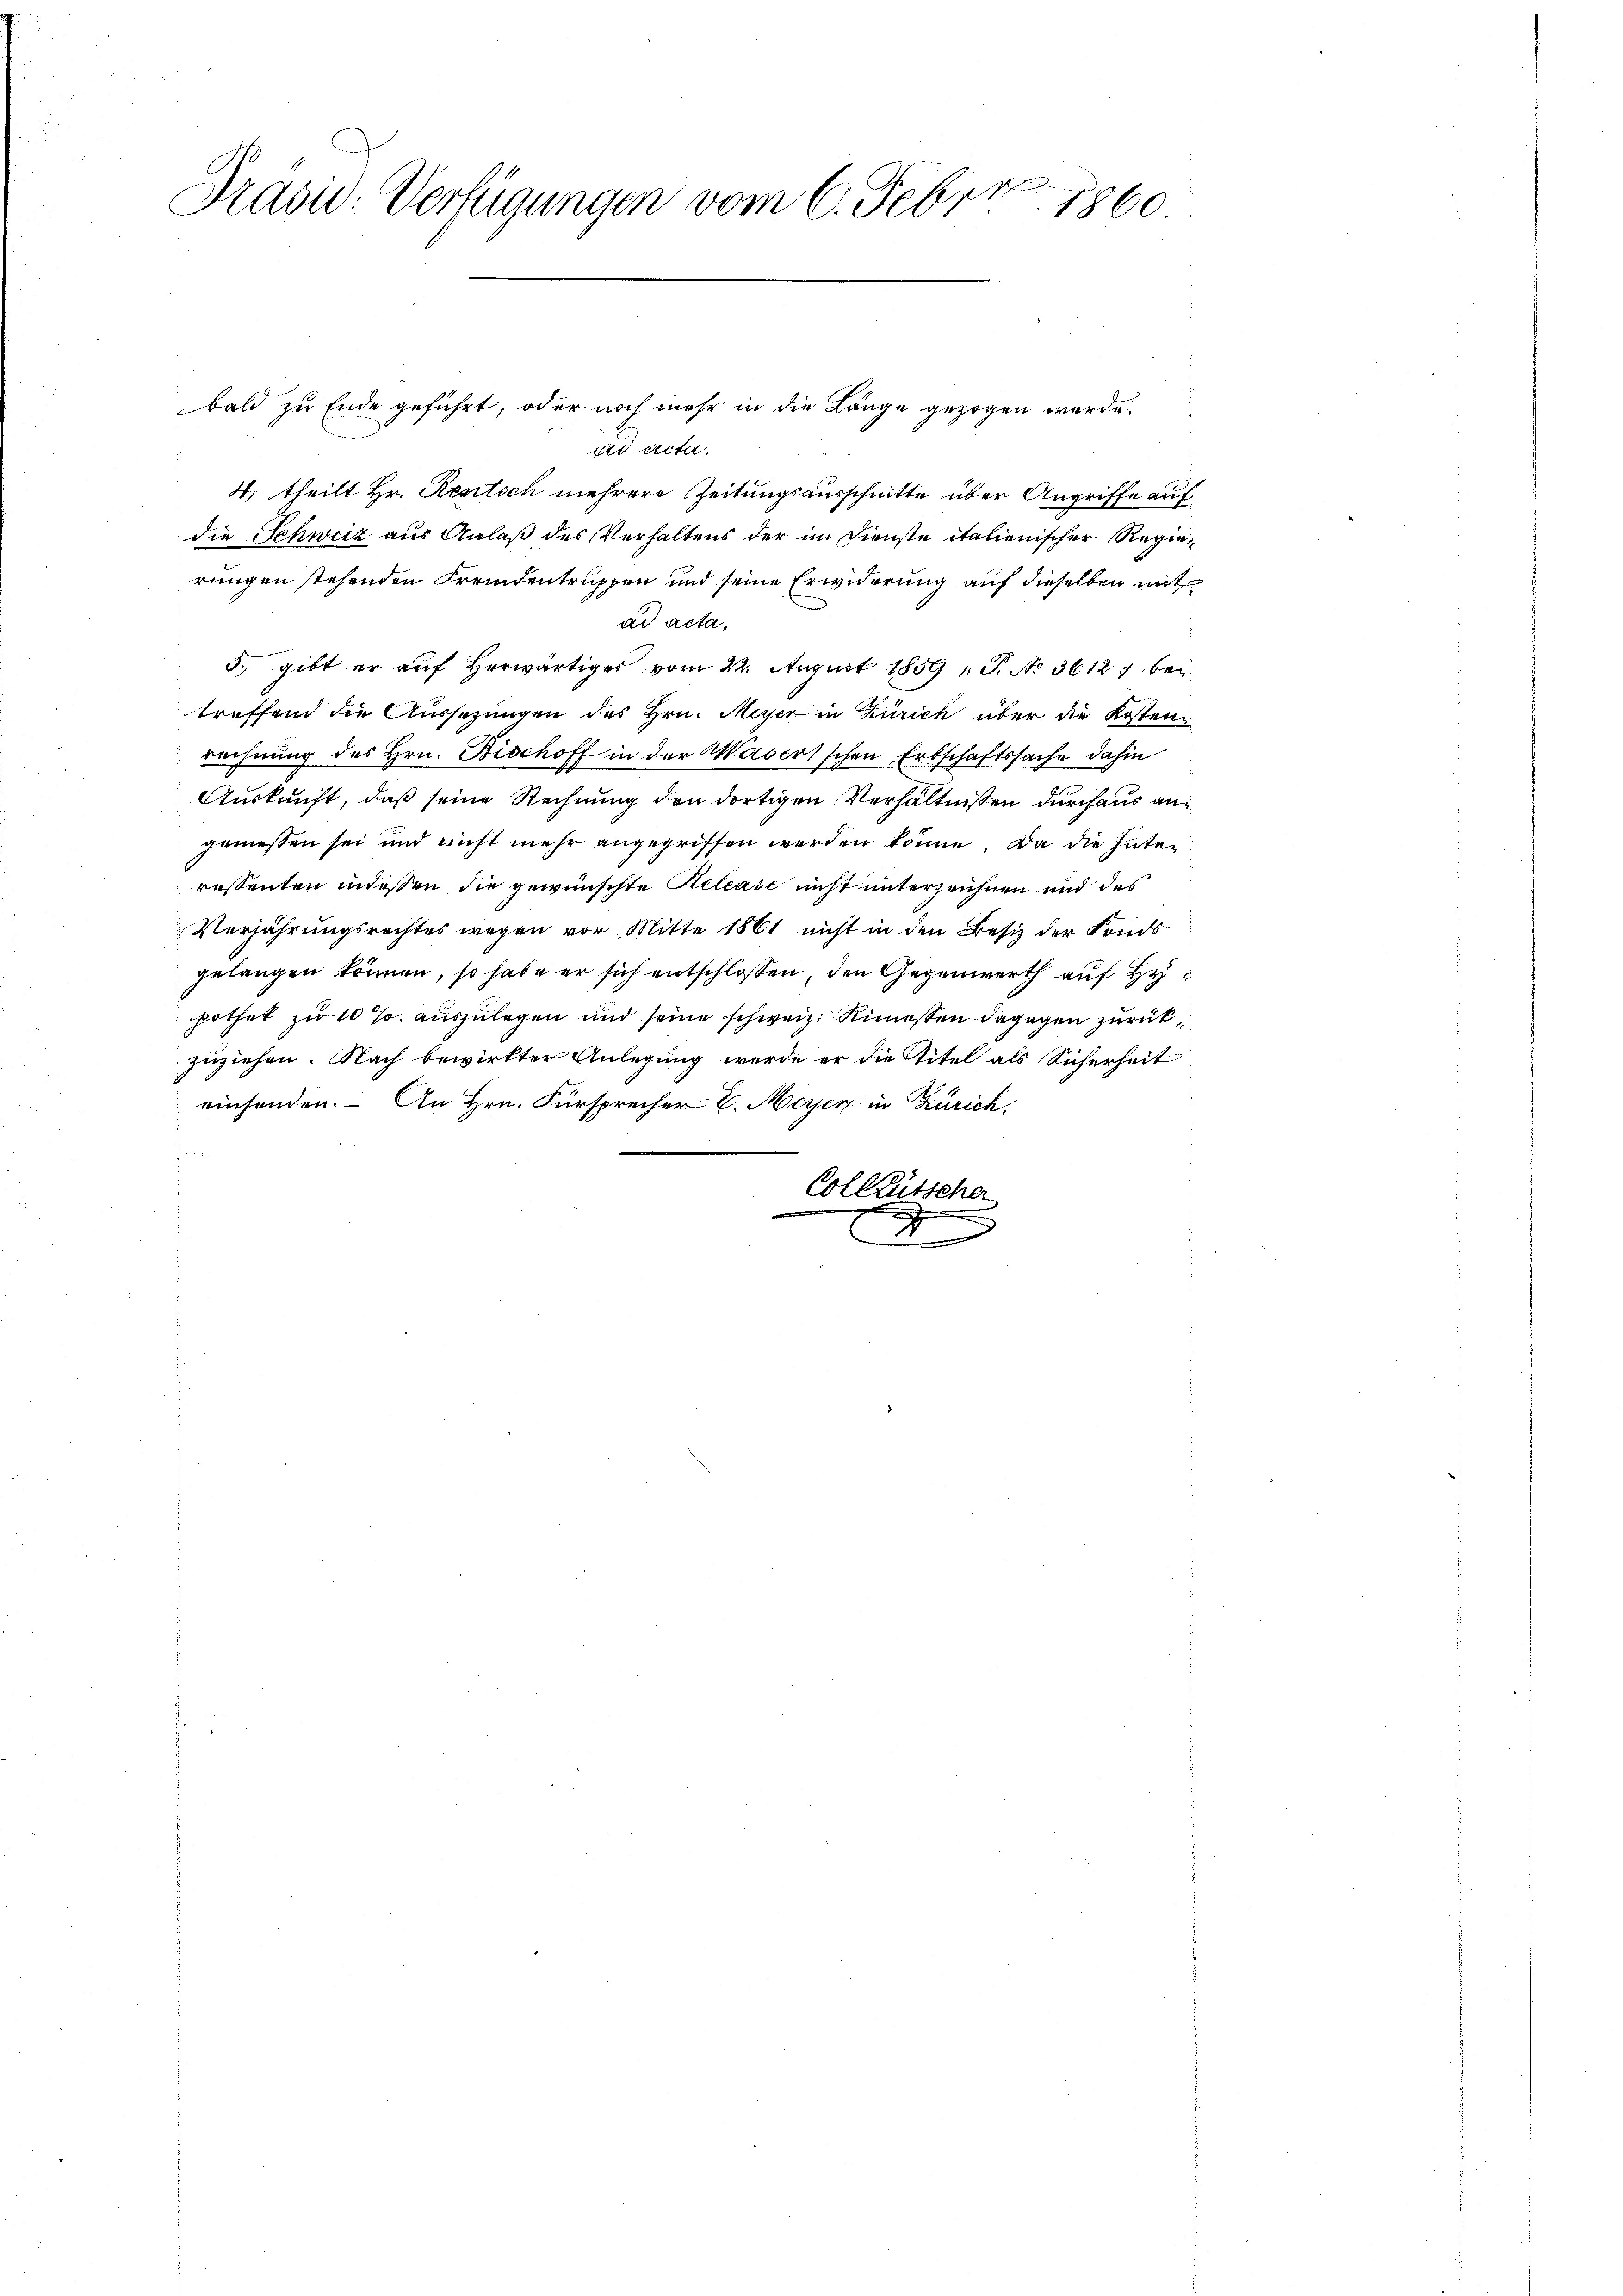
Präsid. Verfügungen vom 6. Feber
1860.

bald zu Ende geführt, oder noch mehr in die Länge gezogen werde.
ad Acta.
4., theilt Hr. Rentich mehrere Zeitungsausschnitte über Angriffe auf
die Schweiz aus Anlaß des Verhaltens der im Dienste italienischer Regierungen stehenden Freudentrüssen und seine Erwiderung auf dieselben mit
ad acta,
5., gibt er aŭf herwärtiges vom 22. August 1859 1 S. No 3612 bei
treffend die Aussetzungen des Hrn. Meyer in Zürich über die Kostenrechnung des Hrn. Fischoff in der Madertschen Erbschaftssache dahin
Auskunft, daß seine Rechnung den dortigen Verhältnissen durchaus angemessen sei und nicht mehr angegriffen werden könne. Da die Interessenten indessen die gewünschte Kelcasc nicht unterzeichnen und des
Verjährungsrechtes wegen vor Mitte 1861 nicht in den Besiz der Konds
gelangen können, so habe er sich entschlossen, den Gegenwerth auf Hypothet zu 10 % auszulegen und seine schweiz. Rimesten dagegen zurückzuziehen. Nach bewirkter Anlegung werde er die Titel als Sicherheit
einhanden. – An Hrn. Fürsprecher E. Meyer in Zürich
Colleütscher
d

d